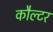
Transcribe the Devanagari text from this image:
कौल्टर